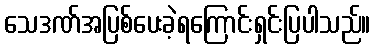
သေဒဏ်အပြစ်ပေးခဲ့ရကြောင်းရှင်းပြပါသည်။